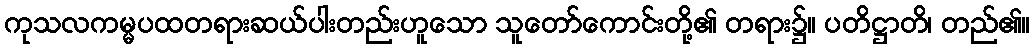
ကုသလကမ္မပထတရားဆယ်ပါးတည်းဟူသော သူတော်ကောင်းတို့၏ တရား၌။ ပတိဋ္ဌာတိ၊ တည်၏။